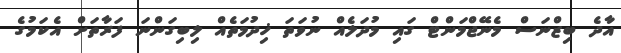
އާދެ ބިޒްނަސް މެނޭޖްމަންޓް ގައި މުދަލެއް ނުވަތަ ޚިދުމަތެއް ލިބިގަންނަ ފަރާތަށް އެކަމުގެ